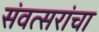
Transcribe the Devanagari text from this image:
संवत्सरांचा